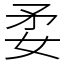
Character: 𡛺